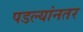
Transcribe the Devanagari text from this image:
पडल्यांनतर